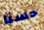
حسنا